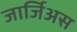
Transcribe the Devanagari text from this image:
जार्जिअस